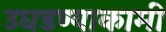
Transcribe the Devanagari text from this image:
उघडण्याकामी